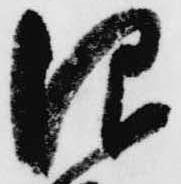
仰